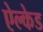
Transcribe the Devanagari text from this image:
ऐल्केड